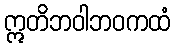
ဣတိဘဝါဘဝကထံ